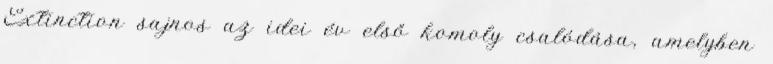
Extinction sajnos az idei év első komoly csalódása, amelyben